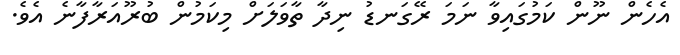
އެހެން ނޫން ކަމުގައިވާ ނަމަ ރޭގަނޑު ނިދާ ތާވަލަށް މިކަމުން ބުރޫއަރާފާނެ އެވެ.